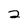
Character: 2